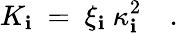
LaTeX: K_{\mathbf{i}}~=~\xi_{\mathbf{i}}~\kappa_{\mathbf{i}}^{2}\quad.